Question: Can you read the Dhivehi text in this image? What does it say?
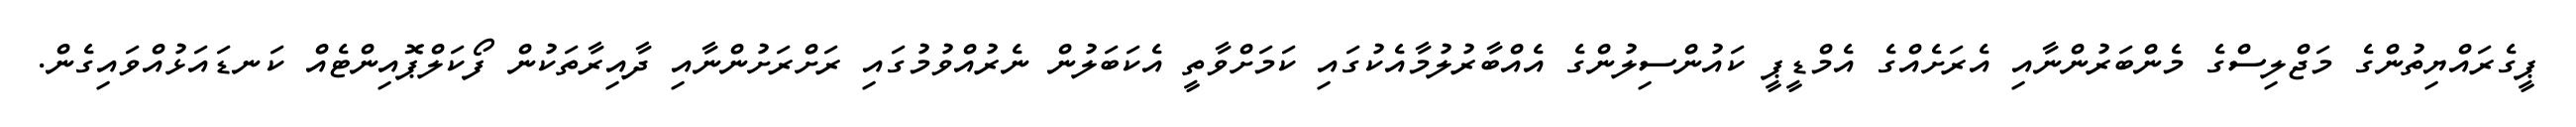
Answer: ޕީގެރައްޔިތުންގެ މަޖްލިސްގެ މެންބަރުންނާއި އެރަށެއްގެ އެމްޑީޕީ ކައުންސިލުންގެ އެއްބާރުލުމާއެކުގައި ކަމަށްވާތީ އެކަބަލުން ނެރުއްވުމުގައި ރަށްރަށުންނާއި ދާއިރާތަކުން ފޯކަލްޕޮއިންޓެއް ކަނޑައަޅުއްވައިގެން.